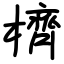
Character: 櫅